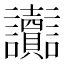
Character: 讟